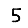
Digit: 5